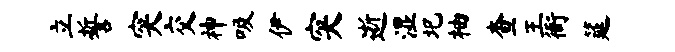
立誓突交神吸伊突逝湿圯柚查王衙筵